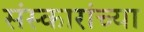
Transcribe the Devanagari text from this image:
संस्कारांच्या